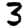
Digit: 3